Report on horse surra - Volume II, Part II
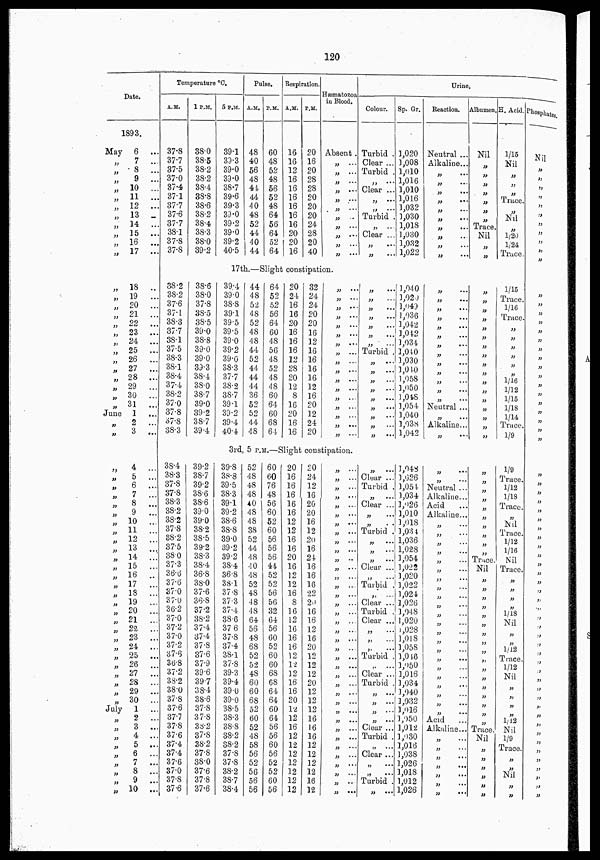
120
Date.
1893.
May
„
„
„
„
„
„
„
„
„
„
„
„
„
„
„
„
„
„
„
„
„
„
„
„
„
„
June
„
„
„
„
„
„
„
„
„
„
„
„
„
„
„
„
„
„
„
„
„
„
„
„
„
„
„
„
„
„
July
„
„
„
„
„
„
„
„
6
...
7
...
8
...
9
...
10
...
11
...
12
...
13 ...
14
...
15
...
16
...
17
...
18 ...
19
...
20
...
21
...
22
...
23
...
24
...
25
...
26
...
27
...
28
...
29
...
30
...
31
...
1
...
2
...
3
...
4
...
5
...
6
...
7
...
8
...
9
...
10
...
11
...
12
...
13
...
14
...
15
..
16
...
17
...
18 ...
19 ...
20 ...
21 ...
22 ...
23 ...
24 ...
25 ...
26 ...
27
...
28 ...
29 ...
30 ...
1
...
2
...
3
...
4
...
5 ...
6
...
7 ...
8
...
9 ...
10 ...
Temperature °C.
A.M.
37.8
37.7
37.5
37.0
37.4
37.1
37.7
37.6
37.7
38.1
37.8
37.8
1P.M.
38.0
38.5
38.2
38.2
38.4
38.8
38.6
38.2
38.4
38.3
38.0
39.2
38.2
38.2
37.6
37.1
38.3
37.7
38.1
37.5
38.3
38.1
38.4
37.4
38.2
37.0
37.8
37.8
38.3
38.6
38.0
37.8
38.5
38.5
39.0
38.8
39.0
39.0
39.3
38.4
38.0
38.7
39.0
39.2
38.7
39.4
38.4
38.3
37.8
37.8
38.3
38.2
38.2
37.8
38.2
37.5
38.0
37.3
36.6
37.6
37.0
37.0
36.2
37.0
37.2
37.0
37.2
37.6
36.8
37.2
38.2
38.0
37.8
37.6
37.7
37.8
37.6
37.4
37.4
37.6
37.0
37.8
37.6
39.2
38.7
39.2
38.6
38.6
39.0
39.0
38.2
38.5
39.2
38.3
38.4
36.8
38.0
37.6
36.8
37.2
38.2
37.4
37.4
37.8
37.6
37.9
39.6
39.7
38.4
38.6
37.8
37.8
38.2
37.8
38.2
37.8
38.0
37.6
37.8
37.6
5 P.M.
39.1
39.3
39.0
39.0
38.7
39.6
39.3
39.0
39.2
39.0
39.2
40.5
Pulse.
A.M.
48
40
56
48
44
44
40
48
52
44
40
44
P.M.
60
48
52
48
56
52
48
64
56
64
52
64
Respiration.
A.M.
16
16
12
16
16
16
16
16
16
20
20
16
P.M.
20
16
20
28
28
20
20
20
24
28
20
40
Hæmatozoa -
in Blood.
Absent.
„ ...
„ ...
„ ...
„ ...
„ ...
„ ...
„ ...
„ ...
„ ...
„ ...
„ ...
17th.—Slight constipation.
39.4
39.0
38.8
39.1
39.5
39.5
39.0
39.2
39.0
38.3
37.7
38.2
38.7
39.1
39.2
39.4
40.4
44
48
52
48
52
48
48
44
52
44
44
44
36
52
52
44
48
64
52
52
56
64
60
48
56
48
52
48
48
60
64
60
68
64
20
24
16
16
20
16
16
16
12
28
20
12
8
16
20
16
16
32
24
24
20
20
16
12
16
16
16
16
12
16
20
12
24
20
„ ...
„ ...
„ ...
„ ...
„ ...
„ ...
„ ...
„ ...
„ ...
„ ...
„ ...
„ ...
„ ...
„ ...
„ ...
„ ...
„ ...
3rd, 5 P.M.—Slight constipation.
39.8
38.8
39.5
38.3
39.1
39.2
38.6
38.8
39.0
39.2
39.2
38.4
36.8
38.1
37.8
37.3
37.4
38.6
37.6
37.8
37.4
38.1
37.8
39.3
39.4
39.0
39.0
38.5
38.3
38.8
38.2
38.2
37.8
37.8
38.2
38.7
38.4
52
48
48
48
40
48
48
38
52
44
48
40
48
52
48
48
48
64
56
48
68
52
52
48
60
60
68
52
60
52
48
58
56
52
56
56
56
60
60
76
48
56
60
52
60
56
56
56
44
52
52
56
56
32
64
56
60
52
60
60
68
68
64
64
60
64
56
56
60
56
52
52
60
56
20
16
16
16
16
16
12
12
16
16
20
16
12
12
16
8
16
12
16
16
16
12
12
12
16
16
20
12
12
16
12
12
12
12
12
12
12
20
24
12
16
20
20
16
12
20
16
24
16
16
16
22
20
16
16
12
16
20
12
12
12
20
12
12
12
16
16
16
12
12
12
12
16
12
„ ...
„ ...
„ ...
„ ...
„ ...
„ ...
„ ...
„ ...
„ ...
„ ...
„ ...
„ ...
„ ...
„ ...
„ ...
„ ...
„ ...
„ ...
„ ...
„ ...
„ ...
„ ...
„ ...
„ ...
„ ...
„ ...
„ ...
„ ...
„ ...
„ ...
„ ...
„ ...
„ ...
„ ...
„ ...
„ ...
„ ...
Colour.
Turbid .
Clear ...
Turbid .
„ ...
Clear ...
„ ...
„ ...
Turbid .
„ ...
Clear ...
„ ...
„ ...
Sp. Gr.
1,020
1,008
1,010
1,016
1,010
1,016
1,032
1,030
1,018
1,030
1,032
1,022
„ ...
„ ...
„ ...
„ ...
„ ...
„ ...
„ ...
Turbid .
„ ...
„ ...
„ ...
„ ...
„ ...
„ ...
„ ...
„ ...
„ ...
1,040
1,020
1,049
1,036
1,042
1,012
1,034
1,040
1,030
1,040
1,058
1,050
1,048
1,054
1,040
1,038
1,042
„ ...
Clear ...
Turbid .
„ ...
Clear ...
„ ...
„ ...
Turbid .
„ ...
„ ...
„ ...
Clear ...
„ ...
Turbid .
„ ...
Clear ..
Turbid
Clear ...
„ ...
„ ...
„ ...
Turbid
„ ...
Clear ..
Turbid
„ ...
„ ...
„ ...
„ ...
Clear ..
Turbid
„ ...
Clear ...
„ ...
„ ...
Turbid
„ ...
1,048
1,626
1,054
1,034
1,026
1,010
1,018
1,034
1,036
1,028
1,054
1,022
1,020
1,022
1,024
1,026
1,048
1,020
1,028
1,018
1,058
1,046
1,050
1,016
1,034
1,040
1,032
1,016
1,050
1,012
1,030
1,016
1,038
1,026
1,018
1,012
1,026
Urine.
Reaction.
Neutral ...
Alkaline...
„
...
„ ...
„ ...
„ ...
„ ...
„ ...
„ ...
„ ...
„ ...
„ ...
„ ...
„ ...
„ ...
„ ...
„ ...
„ ...
„ ...
„ ...
„ ...
„ ...
„ ...
„ ...
„ ...
Neutral ...
„ ...
Alkaline...
„ ...
„ ...
„ ...
„ ...
Neutral ...
Alkaline...
Acid
Alkaline...
„ ...
„ ...
„ ...
„ ...
„ ...
„ ...
„ ...
„ ...
„ ...
„ ...
„ ...
„ ...
„ ...
„ ...
„ ...
„ ...
„ ...
„ ...
„ ...
„ ...
„ ...
„ ...
Acid
Alkaline..
„ ...
„ ...
„ ...
„ ...
„ ...
„ ...
„ ...
Albumen.
Nil
„
„
„
„
„
„
„
Trace.
Nil
„
„
„
„
„
„
„
„
„
„
„
„
„
„
„
„
„
„
„
„
„
„
„
„
„
„
„
„
„
„
Trace
Nil
„
„
„
„
„
„
„
„
„
„
„
„
„
„
„
„
„
Trace.
Nil
„
„
„
„
„
„
H. Acid.
1/15
Nil
„
„
„
Trace.
„
Nil
„
1/20
1/24
Trace.
1/15
Trace.
1/16
Trace.
„
„
„
„
„
„
1/16
1/12
1/15
1/18
1/14
Trace.
1/9
„
1/9
Trace.
1/12
1/18
Trace.
„
Nil
Trace.
1/12
1/16
Nil
Trace.
„
„
„
„
1/18
Nil
„
„
1/12
Trace.
1/12
Nil
„
„
„
„
1/12
Nil
1/9
Trace.
„
„
Nil
„
„
Phosphates.
Nil
„
„
„
„
„
„
„
„
„
„
„
„
„
„
„
„
„
„
„
„
„
„
„
„
„
„
„
„
„
„
„
„
„
„
„
„
„
„
„
„
„
„
„
„
„
„
„
„
„
„
„
„
„
„
„
„
„
„
„
„
„
„
„
„
„
„